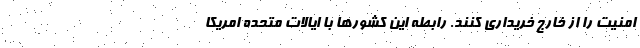
امنيت را از خارج خريداري كنند. رابطه اين كشورها با ايالات متحده امريكا